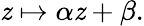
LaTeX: \mathit{z}\mapsto\alpha\mathit{z}+\beta.